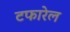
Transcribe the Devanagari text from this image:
टफारेल